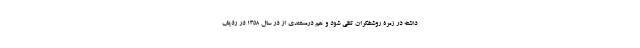
داشته در زمرۀ روشنفکران تلقی شود و هم درمستندی از در سال 1358 در ردیف